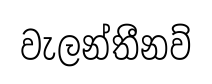
වැලන්තීනව්